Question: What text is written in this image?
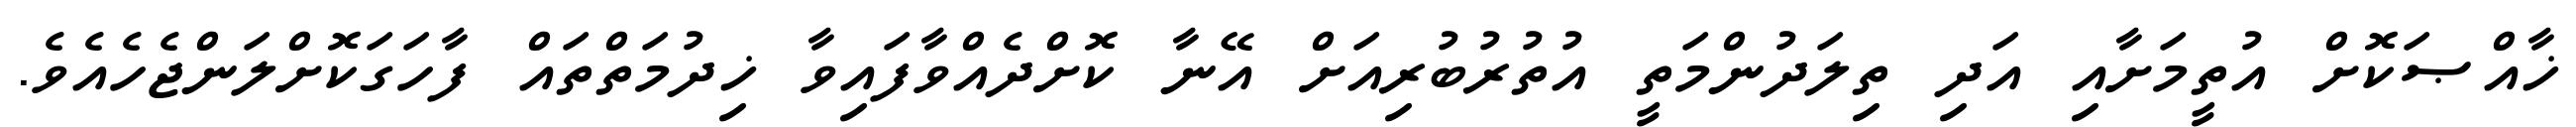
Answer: ޚާއްޞަކޮށް އުތީމަށާއި އަދި ތިލަދުންމަތީ އުތުރުބުރިއަށް އޭނާ ކޮށްދެއްވާފައިވާ ޚިދުމަތްތައް ފާހަގަކޮށްލަންޖެހެއެވެ.